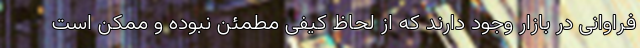
فراوانی در بازار وجود دارند که از لحاظ کیفی مطمئن نبوده و ممکن است